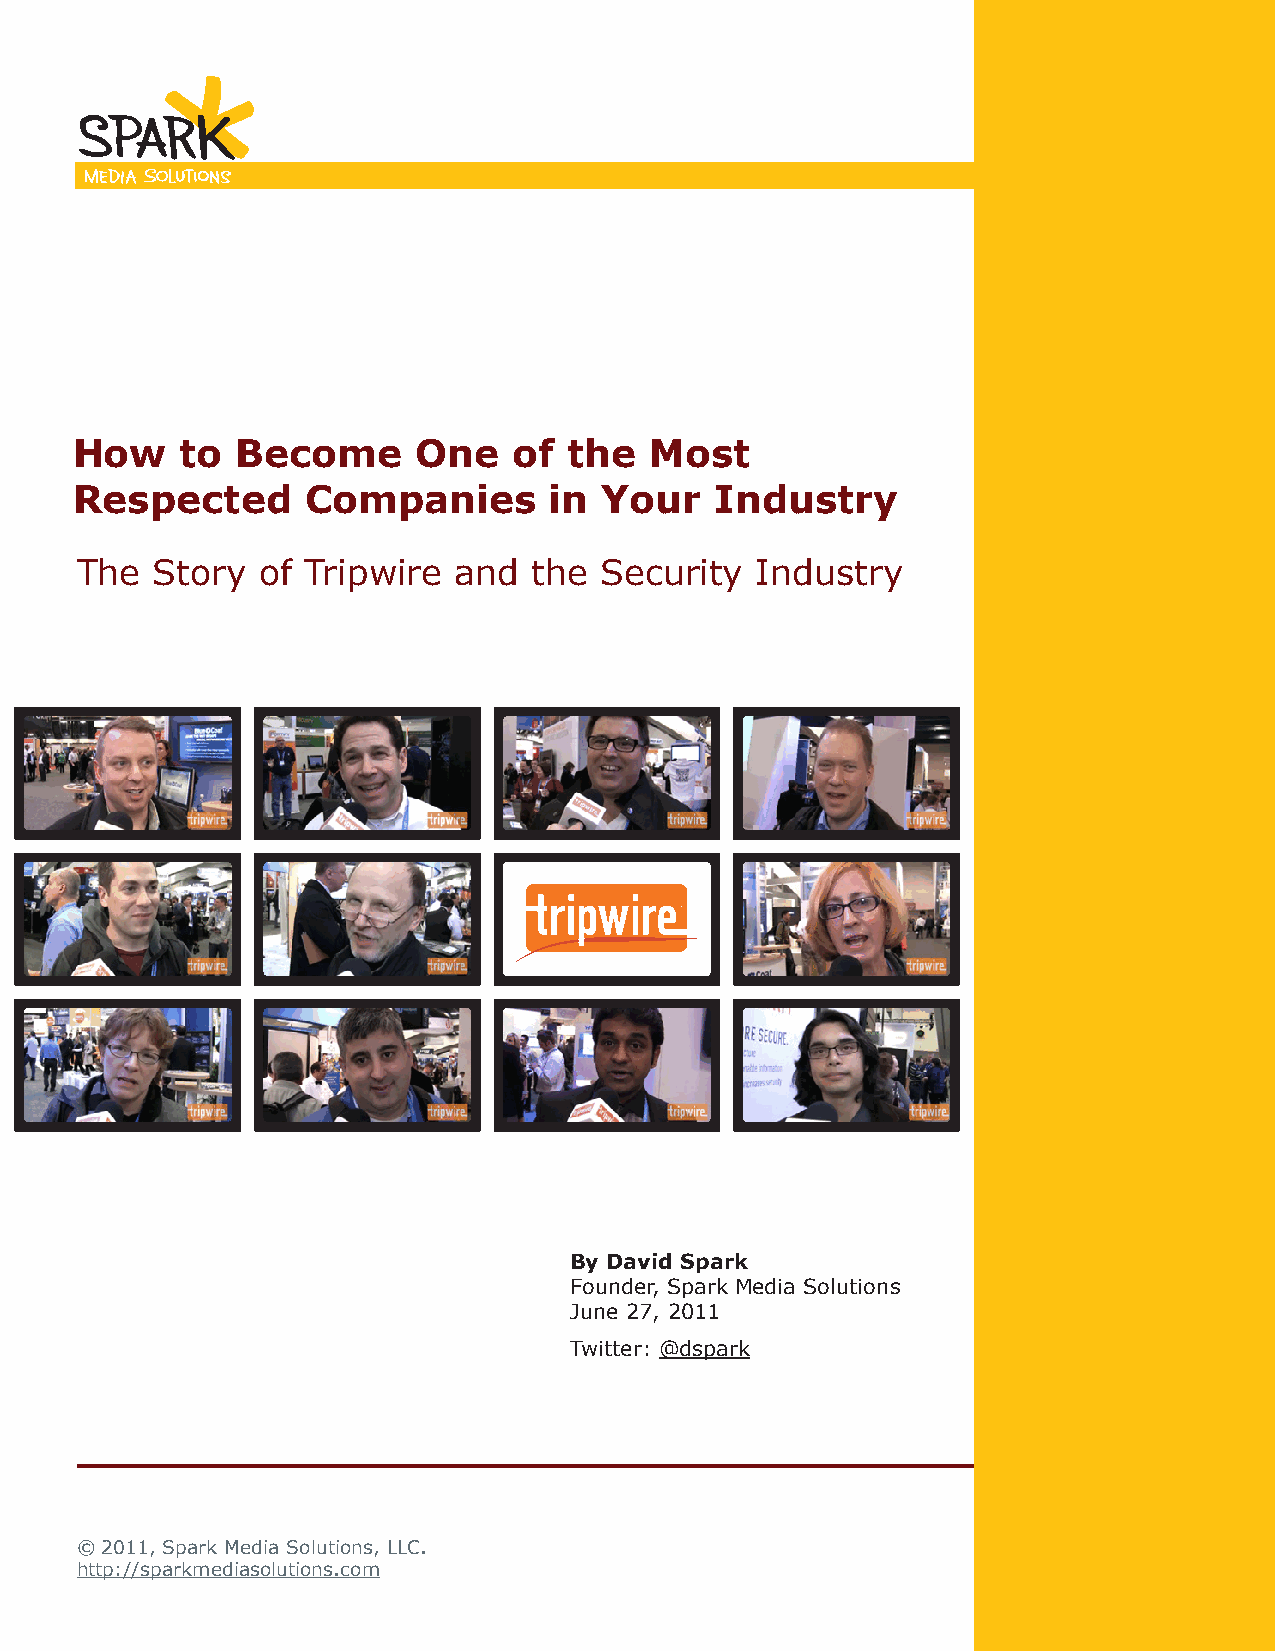
How    to  Become      One   of  the  Most
 Respected      Companies       in  Your   Industry
 The  Story  of Tripwire  and  the  Security  Industry
 By David Spark
 Founder, Spark Media Solutions
 June 27, 2011
 Twitter: @dspark
 © 2011, Spark Media Solutions, LLC.
 Page 1
 http://sparkmediasolutions.com